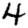
Digit: 4